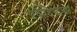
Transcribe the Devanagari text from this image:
एकतिसाव्या